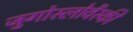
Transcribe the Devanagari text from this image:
जुगोस्लोवेंस्की